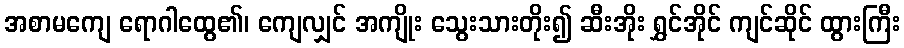
အစာမကျေ ရောဂါထွေ၏၊ ကျေလျှင် အကျိုး သွေးသားတိုး၍ ဆီးအိုး ရွှင်အိုင် ကျင်ဆိုင် ထွားကြီး